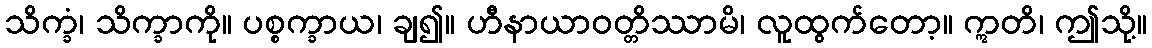
သိက္ခံ၊ သိက္ခာကို။ ပစ္စက္ခာယ၊ ချ၍။ ဟီနာယာဝတ္တိဿာမိ၊ လူထွက်တော့။ ဣတိ၊ ဤသို့။